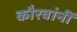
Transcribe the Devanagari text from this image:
कौरवांनीं